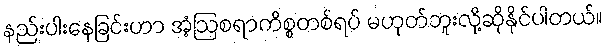
နည်းပါးနေခြင်းဟာ အံ့ဩစရာကိစ္စတစ်ရပ် မဟုတ်ဘူးလို့ဆိုနိုင်ပါတယ်။